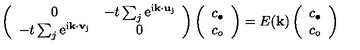
\left( \begin{array} { c c } { 0 } & { - t \sum _ { j } \mathrm { \Large e ^ { i { \bf k \cdot u } _ { j } } } } \\ { - t \sum _ { j } \mathrm { \Large e ^ { i { \bf k \cdot v } _ { j } } } } & { 0 } \\ \end{array} \right) \left( \begin{array} { c } { c _ { \bullet } } \\ { c _ { \circ } } \\ \end{array} \right) = E ( { \bf k } ) \left( \begin{array} { c } { c _ { \bullet } } \\ { c _ { \circ } } \\ \end{array} \right)